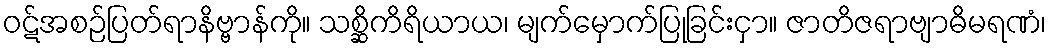
ဝဋ်အစဉ်ပြတ်ရာနိဗ္ဗာန်ကို။ သစ္ဆိကိရိယာယ၊ မျက်မှောက်ပြုခြင်းငှာ။ ဇာတိဇရာဗျာဓိမရဏံ၊